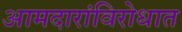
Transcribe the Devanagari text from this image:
आमदारांविरोधात